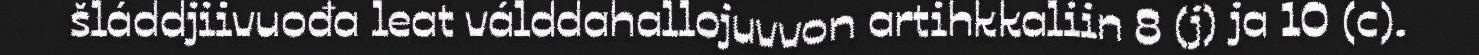
šláddjiivuođa leat válddahallojuvvon artihkkaliin 8 (j) ja 10 (c).